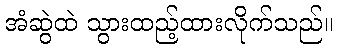
အံဆွဲထဲ သွားထည့်ထားလိုက်သည်။